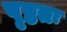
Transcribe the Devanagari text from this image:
पृष्ठतः